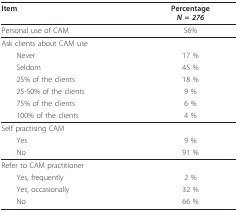
<table><thead><tr><td><b>Item</b></td><td><b>Percentage<i>N = 276</i></b></td></tr></thead><tbody><tr><td>Personal use of CAM</td><td>56%</td></tr><tr><td>Ask clients about CAM use</td><td></td></tr><tr><td> Never</td><td>17 %</td></tr><tr><td> Seldom</td><td>45 %</td></tr><tr><td> 25% of the clients</td><td>18 %</td></tr><tr><td> 25-50% of the clients</td><td>9 %</td></tr><tr><td> 75% of the clients</td><td>6 %</td></tr><tr><td> 100% of the clients</td><td>4 %</td></tr><tr><td>Self practising CAM</td><td></td></tr><tr><td> Yes</td><td>9 %</td></tr><tr><td> No</td><td>91 %</td></tr><tr><td>Refer to CAM practitioner</td><td></td></tr><tr><td> Yes, frequently</td><td>2 %</td></tr><tr><td> Yes, occasionally</td><td>32 %</td></tr><tr><td> No</td><td>66 %</td></tr></tbody></table>